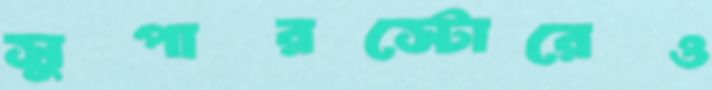
সুপারস্টোরেও